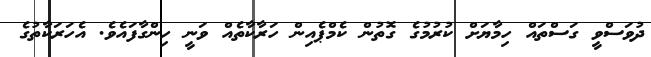
ދުވަސްވީ ގަސްތައް ހިމާޔަށް ކުރުމުގެ ގޮތުން ކެމްޕެއިން ހަރާކާތެއް ވަނީ ހިންގާފައެވެ. އެހަރަކާތުގެ